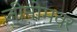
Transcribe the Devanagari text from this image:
जीनोमवर